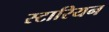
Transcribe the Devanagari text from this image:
स्टारियन